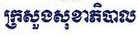
ក្រសួងសុខាភិបាល